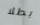
بطلا